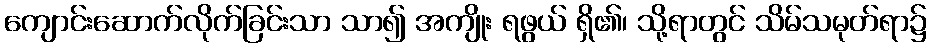
ကျောင်းဆောက်လိုက်ခြင်းသာ သာ၍ အကျိုး ရဖွယ် ရှိ၏၊ သို့ရာတွင် သိမ်သမုတ်ရာ၌